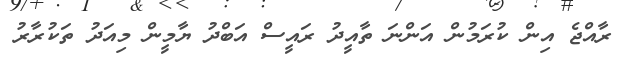
ރާއްޖެ އިން ކުރަމުން އަންނަ ތާއީދު ރައީސް އަބްދު ޔާމީން މިއަދު ތަކުރާރު